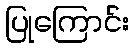
ပြုကြောင်း